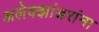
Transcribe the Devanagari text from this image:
अलेक्झांडरांना